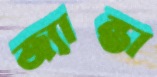
জ্যান্তা